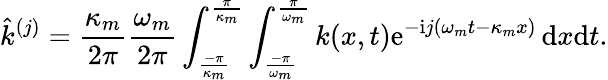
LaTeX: \hat{k}^{(j)}=\frac{\kappa_{m}}{2\pi}\frac{\omega_{m}}{2\pi}\int_{\frac{-\pi}{\kappa_{m}}}^{\frac{\pi}{\kappa_{m}}}\int_{\frac{-\pi}{\omega_{m}}}^{\frac{\pi}{\omega_{m}}}k(x,t)\mathrm{e}^{-\mathrm{i}j(\omega_{m}t-\kappa_{m}x)}\, \mathrm{d}x\mathrm{d}t.